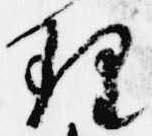
理